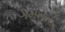
ગમનનો